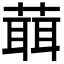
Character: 𦻙